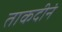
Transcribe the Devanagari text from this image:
ताकदीनं